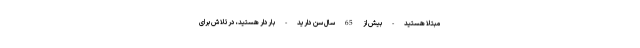
مبتلا هستید - بیش از 65 سال سن دارید - باردار هستید، درتلاش برای